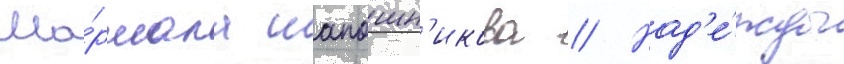
Ма́ршала шапошн'икова // Над'е́жды